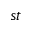
_ { s t }